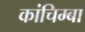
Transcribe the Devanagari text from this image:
कांचिम्बा